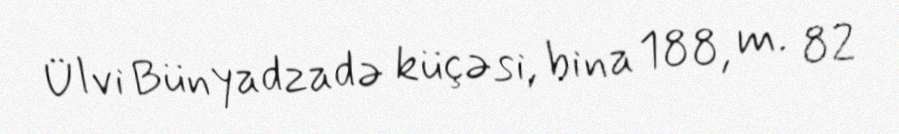
Ülvi Bünyadzadə küçəsi, bina 188, m. 82